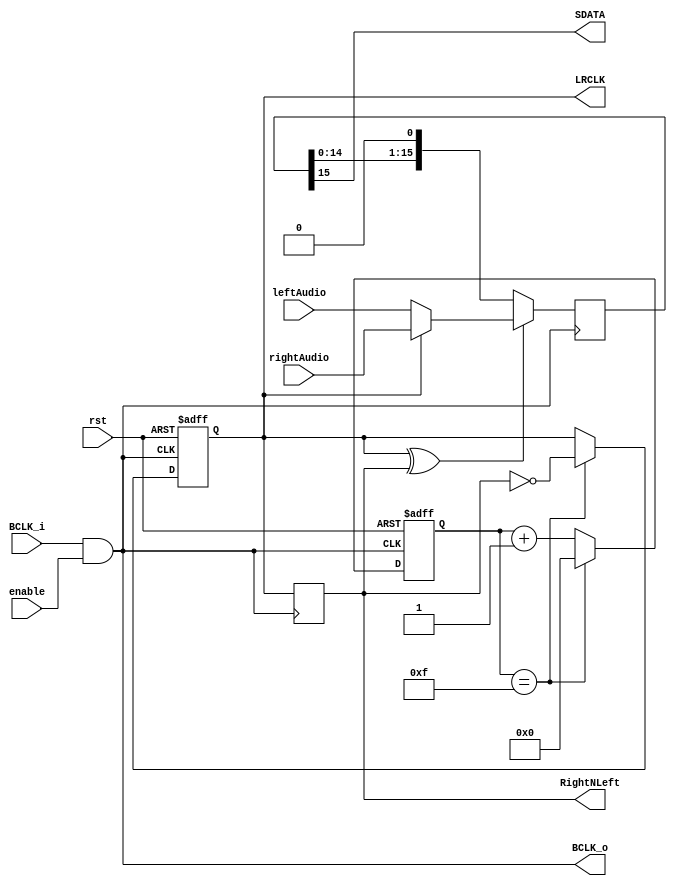
module i2sMaster#(parameter DATASIZE = 16)(
  input rst,
  //I2S signals
  output BCLK_o, //SCK
  output reg LRCLK, //WS
  output SDATA,
  input BCLK_i, //SCK
  //Data interface
  input [DATASIZE-1:0] rightAudio,
  input [DATASIZE-1:0] leftAudio,
  input enable,
  output reg RightNLeft);
  //Get counter size
  localparam COUNTERSIZE = $clog2(DATASIZE);
  //Current channel
  localparam LEFT = 1'b0, RIGHT = 1'b1;
  //Data buffer to transmit
  reg [DATASIZE-1:0] dataBuff;
  //Update data buff
  wire updatePulse;
  //Count transmitted bits
  reg [COUNTERSIZE-1:0] bitCounter;
  wire bitCounterDone;

  wire BCLK;

  //All BCLKs are same
  assign BCLK = BCLK_i & enable;
  assign BCLK_o = BCLK;

  //Data routing signals
  assign SDATA = dataBuff[DATASIZE-1];
  assign updatePulse = LRCLK ^ RightNLeft;
  always@(negedge BCLK)
    begin
      if(updatePulse)
        dataBuff[DATASIZE-1:0] <= (LRCLK == RIGHT) ? rightAudio : leftAudio;
      else
        dataBuff <= dataBuff << 1;
    end
  
  //Handle LRCLK
  always@(negedge BCLK or posedge rst)
    begin
      if(rst)
        begin
          LRCLK <= LEFT;
        end
      else
        begin
          LRCLK <= (bitCounterDone) ? ~RightNLeft : LRCLK;
        end
    end
  
  //Bit counter
  assign bitCounterDone = bitCounter == (DATASIZE-1);
  always @(negedge BCLK or posedge rst) 
    begin
      if(rst)
        bitCounter <= DATASIZE-1;
      else
        bitCounter <= (bitCounterDone) ? {COUNTERSIZE{1'b0}} : (bitCounter + {{COUNTERSIZE-1{1'b0}}, 1'b1});
    end

  //Actuall channel comes one edge after
  always@(negedge BCLK)
    begin
      RightNLeft <= LRCLK;
    end
endmodule


//PERIOD should be desired output clockperiod in ns and CLKPERIOD should be input clock period in ns.
module bitClkGen #(parameter PERIOD = 651, parameter CLKPERIOD = 10)(
  input clk,
  input rst,
  output reg BCLK);
  localparam CYCLESinHALFP = PERIOD / (2 * CLKPERIOD);
  localparam COUNTERSIZE = $clog2(CYCLESinHALFP-1);

  wire countDone;
  reg [COUNTERSIZE-1:0] counter;

  assign countDone = (counter == (CYCLESinHALFP-1));

  always@(posedge clk or posedge rst)
    begin
      if(rst)
        BCLK <= 1'd0;
      else
        BCLK <= (countDone) ? ~BCLK : BCLK;

    end
  

  always@(posedge clk)
    begin
      if(rst)
          counter <= {COUNTERSIZE{1'd0}};
      else
          counter <= (countDone) ? {COUNTERSIZE{1'd0}} : (counter + {{(COUNTERSIZE-1){1'd0}},1'd1});
    end
endmodule//bitClkGen